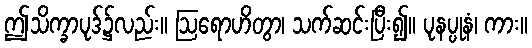
ဤသိက္ခာပုဒ်၌လည်း။ ဩရောဟိတွာ၊ သက်ဆင်းပြီး၍။ ပုနပ္ပုနံ၊ ကား။